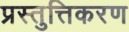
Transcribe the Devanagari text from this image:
प्रस्तुत्तिकरण